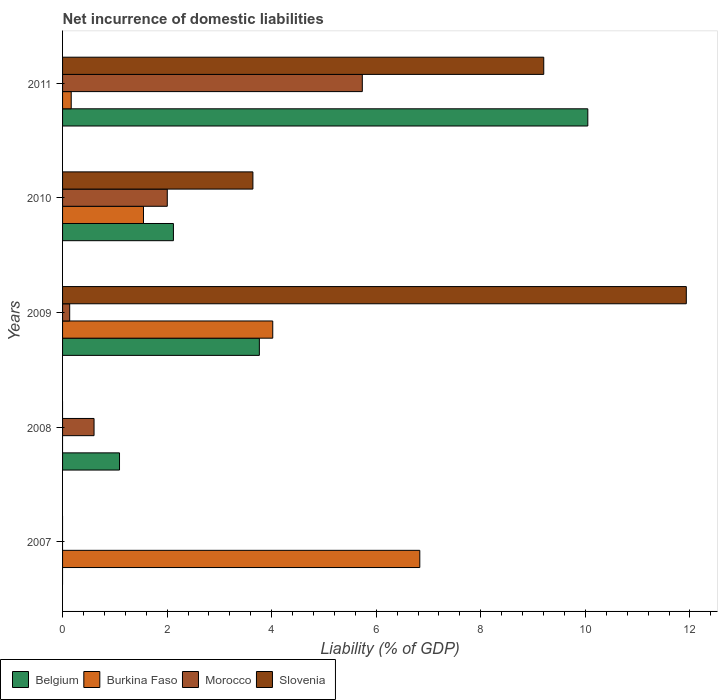
| Years | Belgium | Burkina Faso | Morocco | Slovenia |
 | --- | --- | --- | --- | --- |
 | 2007 | -3.68 | 6.83 | -2.72 | -0.574 |
 | 2008 | 1.09 | -0.627 | 0.602 | -0.518 |
 | 2009 | 3.76 | 4.02 | 0.136 | 11.9 |
 | 2010 | 2.12 | 1.55 | 2 | 3.64 |
 | 2011 | 10 | 0.165 | 5.73 | 9.2 |